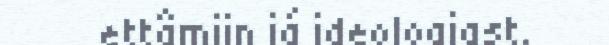
ettâmijn já ideologiast.